Vaccination Hyderabad 1890-1903 - 1890-1903
Year: 1890
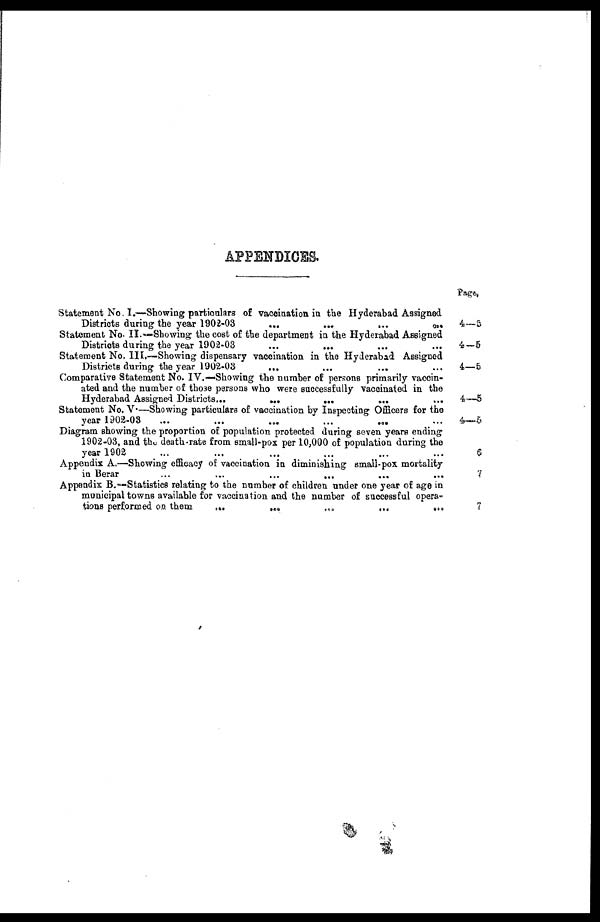
APPENDICES.
Statement No. I.—Showing particulars of vaccination in the Hyderabad Assigned
Districts during the year 1902-03
...
...
...
...
Statement No- II.—Showing the cost of the department in the Hyderabad Assigned
Districts during the year 1902-03
...
... ... ...
Statement No, III,—Showing dispensary vaccination in the Hyderabad Assigned
Districts during the year 1902-03
...
...
... ...
Comparative Statement No. IV.—Showing the number of persons primarily vaccin-
ated and the number of tho3e persons who were successfully vaccinated in the
Hyderabad Assigned Districts...
...
...
... ...
Statement No. V.—Showing particulars of vaccination by Inspecting Officers for the
year 1903-03
...
...
...
...
... ...
Diagram showing the proportion of population protected during seven years ending
1902-03, and the death-rate from small-pox per 10,000 of population during the
year 1902 ... ... ... ... ... ... ...
Appendix A.—Showing efficacy of vaccination in diminishing small-pox mortality
in Berar
...
...
...
...
...
...
Appendix B.—Statistics relating to the number of children under one year of age in
municipal towns available for vaccination and the number of successful opera-
tions performed on them
...
...
...
...
...
Page.
4—5
4—5
4—5
4—5
4—5
6
7
7